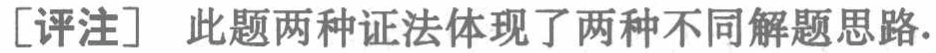
[评注] 此题两种证法体现了两种不同解题思路.